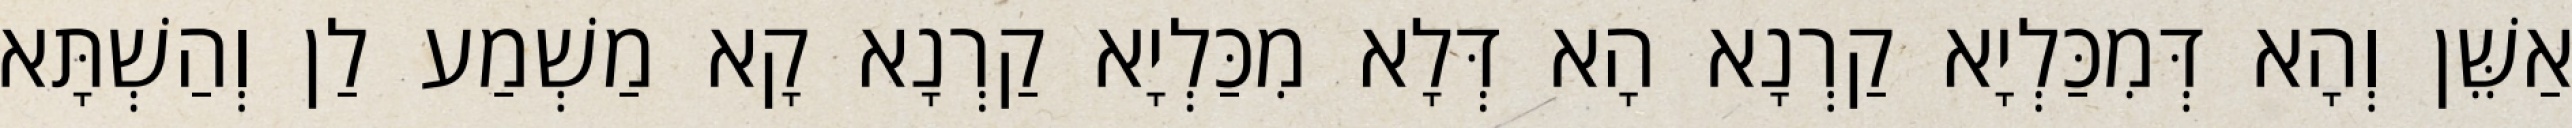
אַשֵּׁן וְהָא דְּמִכַּלְיָא קַרְנָא הָא דְּלָא מִכַּלְיָא קַרְנָא קָא מַשְׁמַע לַן וְהַשְׁתָּא